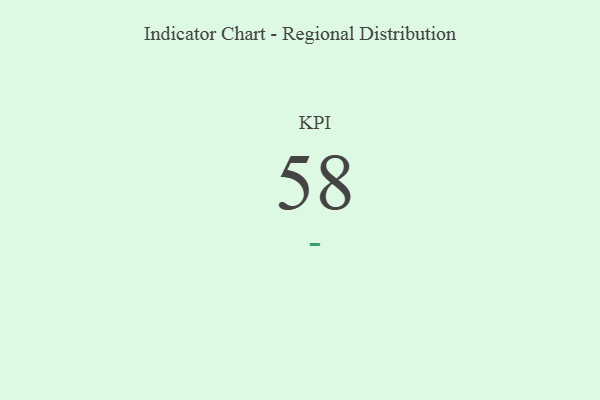
{"axis": {"x": "KPI", "y": "Value"}, "legend": [""], "data": [{"x": "KPI", "y": 58, "type": ""}]}